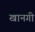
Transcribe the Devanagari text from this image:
खानगी